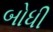
બોધી